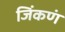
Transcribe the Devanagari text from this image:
जिंकणं